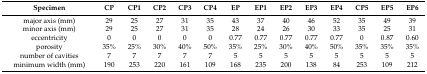
<table><thead><tr><td><b>Specimen</b></td><td><b>CP</b></td><td><b>CP1</b></td><td><b>CP2</b></td><td><b>CP3</b></td><td><b>CP4</b></td><td><b>EP</b></td><td><b>EP1</b></td><td><b>EP2</b></td><td><b>EP3</b></td><td><b>EP4</b></td><td><b>CP5</b></td><td><b>EP5</b></td><td><b>EP6</b></td></tr></thead><tbody><tr><td>major axis (mm)</td><td>29</td><td>25</td><td>27</td><td>31</td><td>35</td><td>43</td><td>37</td><td>40</td><td>46</td><td>52</td><td>35</td><td>49</td><td>39</td></tr><tr><td>minor axis (mm)</td><td>29</td><td>25</td><td>27</td><td>31</td><td>35</td><td>28</td><td>24</td><td>26</td><td>30</td><td>33</td><td>35</td><td>25</td><td>31</td></tr><tr><td>eccentricity</td><td>0</td><td>0</td><td>0</td><td>0</td><td>0</td><td>0.77</td><td>0.77</td><td>0.77</td><td>0.77</td><td>0.77</td><td>0</td><td>0.87</td><td>0.60</td></tr><tr><td>porosity</td><td>35%</td><td>25%</td><td>30%</td><td>40%</td><td>50%</td><td>35%</td><td>25%</td><td>30%</td><td>40%</td><td>50%</td><td>35%</td><td>35%</td><td>35%</td></tr><tr><td>number of cavities</td><td>7</td><td>7</td><td>7</td><td>7</td><td>7</td><td>5</td><td>5</td><td>5</td><td>5</td><td>5</td><td>5</td><td>5</td><td>5</td></tr><tr><td>minimum width (mm)</td><td>190</td><td>253</td><td>220</td><td>161</td><td>109</td><td>168</td><td>235</td><td>200</td><td>138</td><td>84</td><td>253</td><td>109</td><td>212</td></tr></tbody></table>